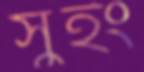
সুইং